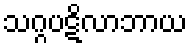
သဂ္ဂပဋိလာဘာယ